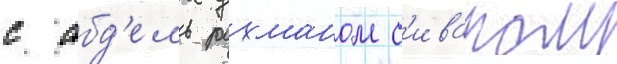
с абд'ель рахманом с'иваром